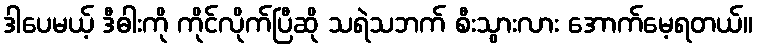
ဒါပေမယ့် ဒီဓါးကို ကိုင်လိုက်ပြီဆို သရဲသဘက် စီးသွားလား အောက်မေ့ရတယ်။